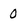
Character: 0